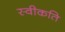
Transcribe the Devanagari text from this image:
स्वीकति